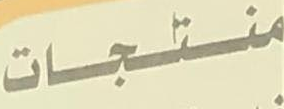
منتجات